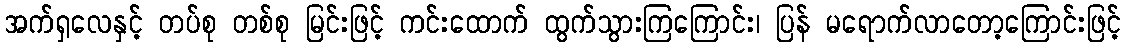
အက်ရှလေနှင့် တပ်စု တစ်စု မြင်းဖြင့် ကင်းထောက် ထွက်သွားကြကြောင်း၊ ပြန် မရောက်လာတော့ကြောင်းဖြင့်